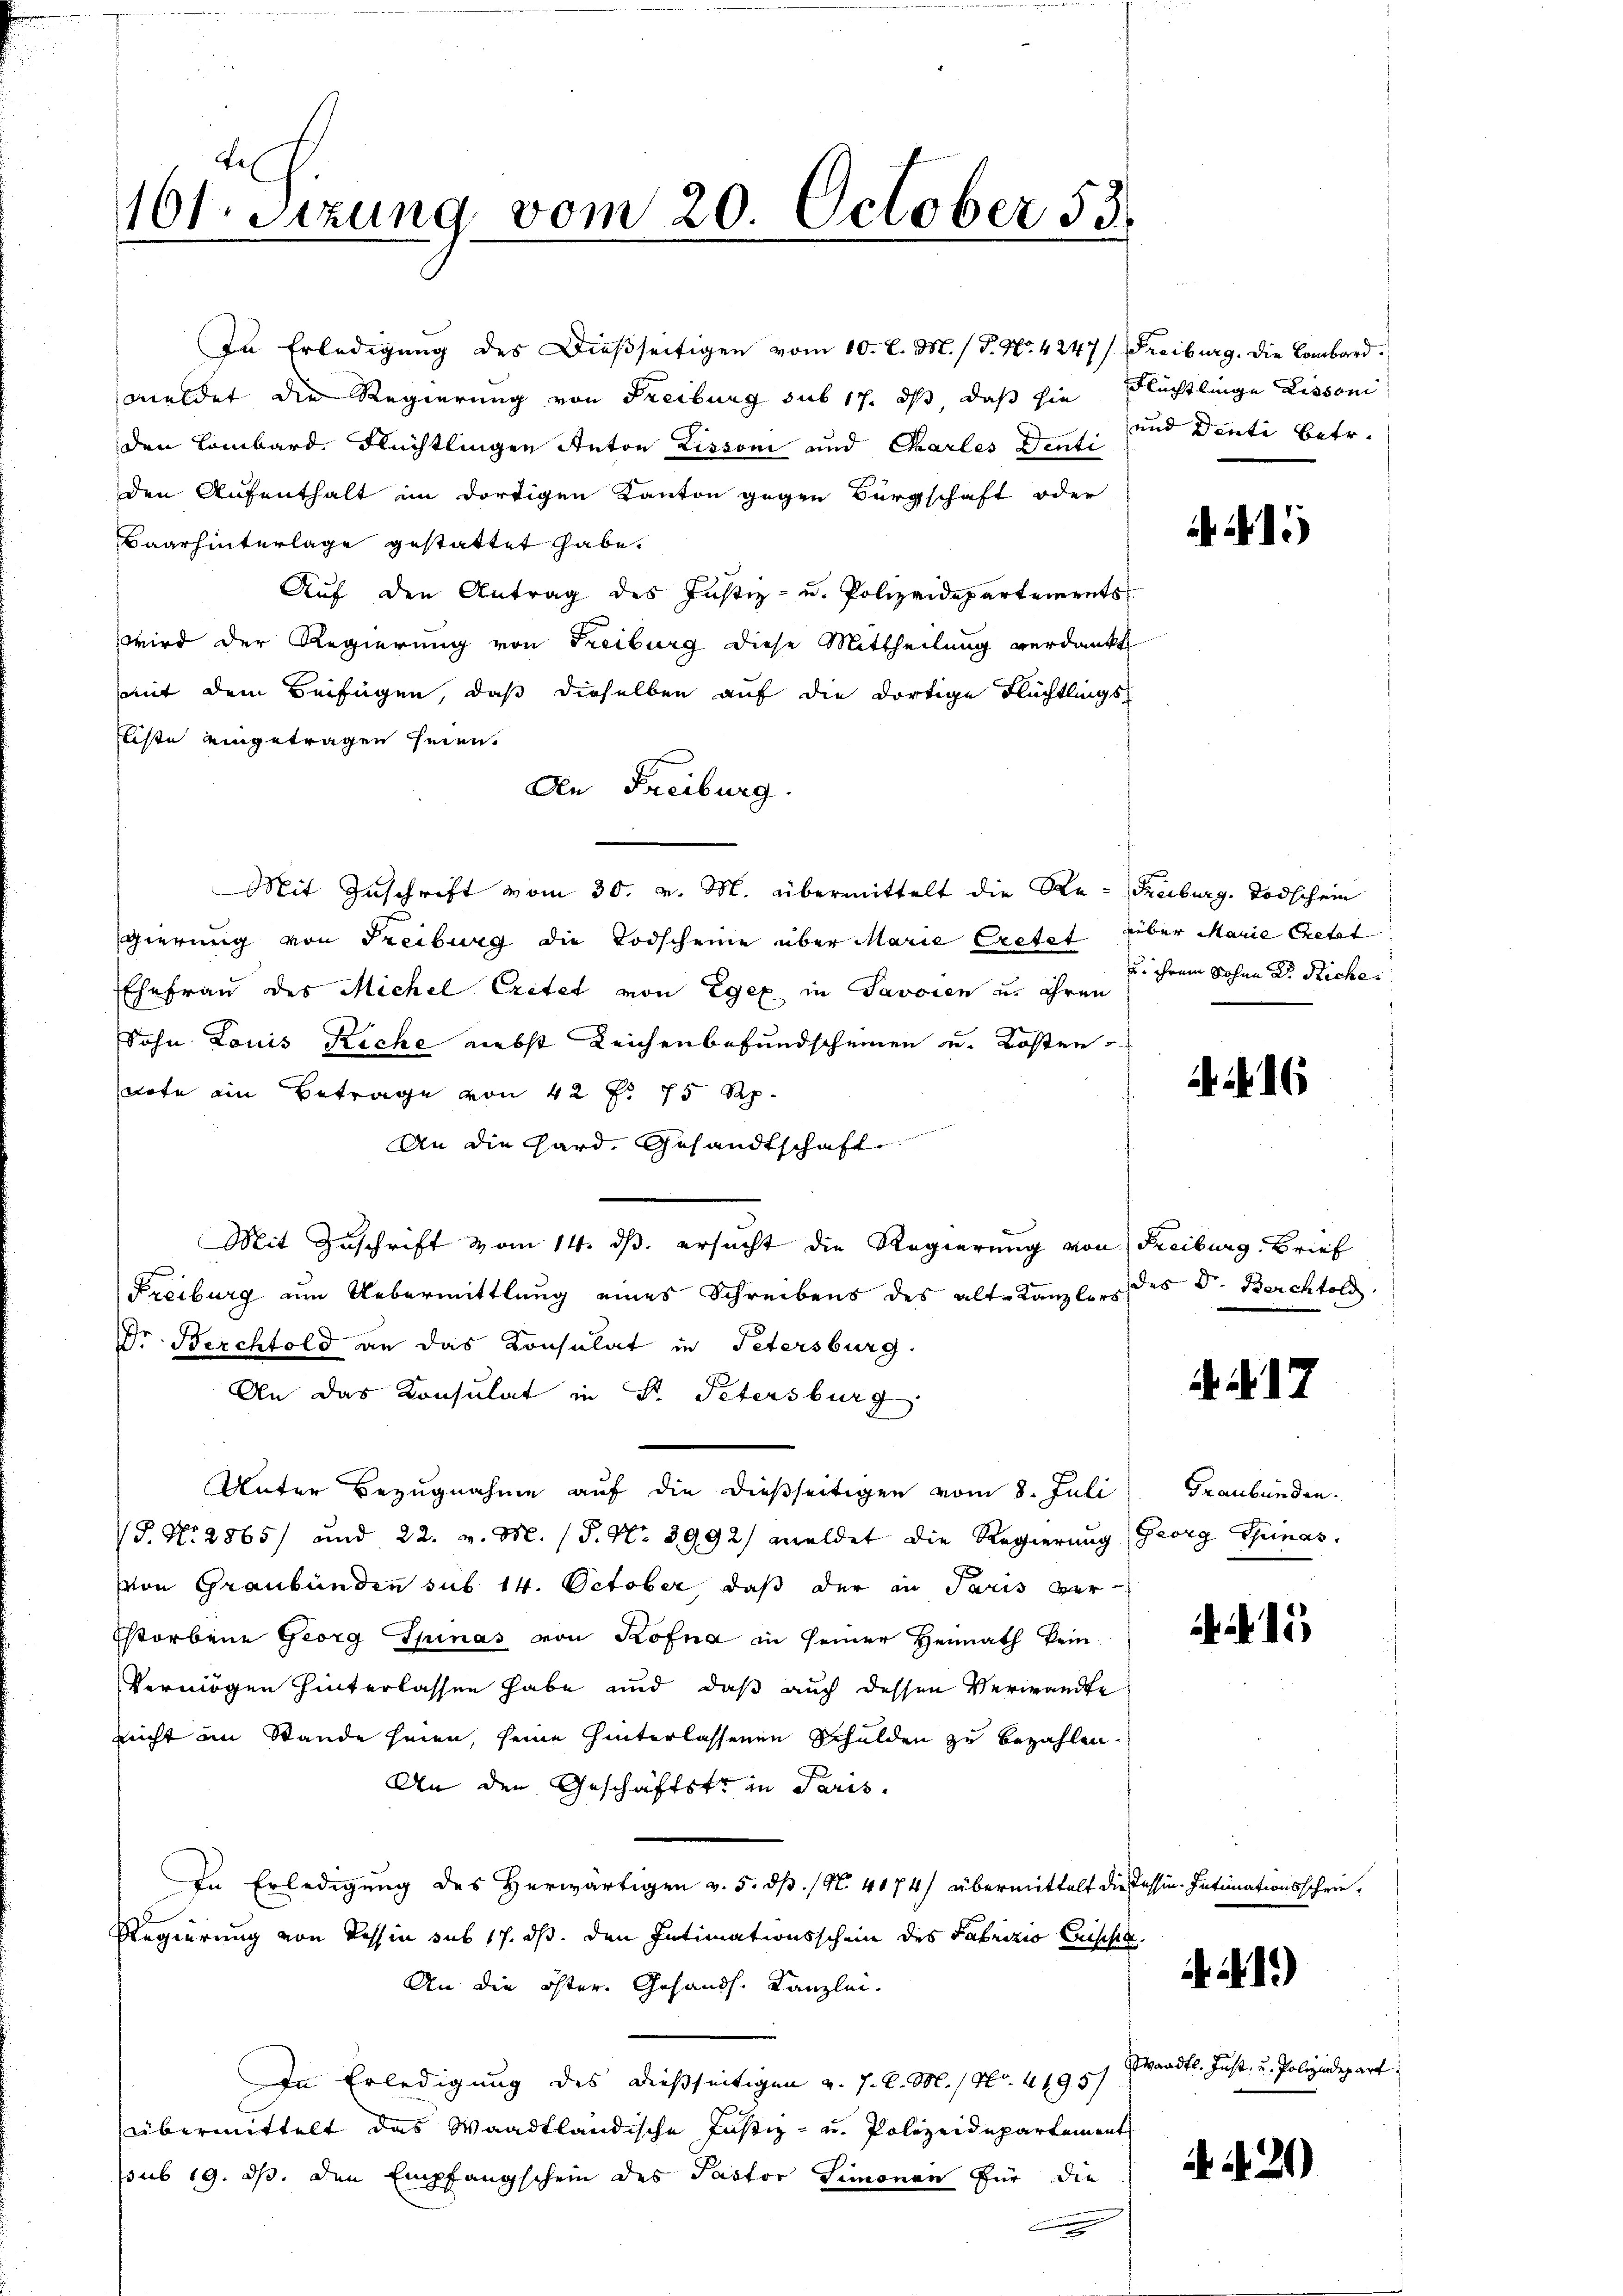
161. Sizung vom 20. October 53.

In Erledigung des Dießseitigen vom 10. d. M. / P. Nr. 4247/ Freiburg. Die Bombard
meldet die Regierung von Freiburg sub 17. ds, daß sie Flüchtlinge Lissoni
den Lombard, Flüchtlingen Anton Lissoni und Charles Deute und Denti betr.
den Aufenthalt im dortigen Kanton gegen Bürgschaft oder
Baar hinterlage gestattet habe.
Aŭf den Antrag des Justiz- u. Polizeidepartements
wird der Regierung von Freiburg diese Mittheilung verdankt
mit dem Beifügen, daß dieselben auf die dortige Flüchtlings-
Fiste eingetragen seien.
Den Freiburg.
Mit Zuschrift vom 30. v. M. übermittelt die Re- Reiburg. Todschein
gierung von Freiburg die Todscheine über Marie Cretet über Manie Crett
Ehefrau des Michel Critet von Egex in Savoren u. ihren
Sohn Louis Reche nebst Leichenbefundscheinen u. Kosten
dote ein Betrage von 42 f. 75 Rp.
An die Hard, Gesandtschaft
Mit Zuschrift vom 14. ds. ersucht die Regierung von Freiburg, Brief
Freiburg um Uebermittlung eines Schreibens des alte Kanzlers des Dr. Berchtold
Dr. Berchtold an das Consulat in Petersburg.
An das Konsulat in P. Petersburg
Unter Bezugnahme auf die dießseitigen vom 8. Juli
S. Nr. 2865/ und 22. v. M. (S. Nr. 3992/ meldet die Regierung Georg Scheinas.
von Graubünden sub 14. October, daß der an Paris ver¬
Estorbene Georg Spinas von Köfna in seiner Heimath kein
Vermögen hinterlassen habe und daß auch dessen Verwandte
nicht im Stande hien, seine hinterlassenen Schulden zu bezahlen.
An den Geschäftstr in Paris.
In Erledigung des Herwärtigen v. 5. dß. (N. 4174) übermittelt die Tessin. Intimatio
Regierung von Tessin sub 17. ds. den Intimationsschein des Fabrizio Crisse
An die öster. Gesandt. Kanzlei.
In Erledigung des dießseitigen v. 7. d. M. / No. 4195/
übermittelt das Waadtländische Justiz- u. Polizeidepartement
ssub 19. ds. den Empfangschein des Pastor Simonen für die
.

15

u. ihrem Sohne D. Reche

N. 16

. Nr. 17

Graubünden.

15

A 1.)

5 schr

Waadt. Inst- u. Polizeidepart

21)